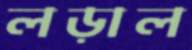
লড়াল